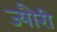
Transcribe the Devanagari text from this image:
ज्यौरी